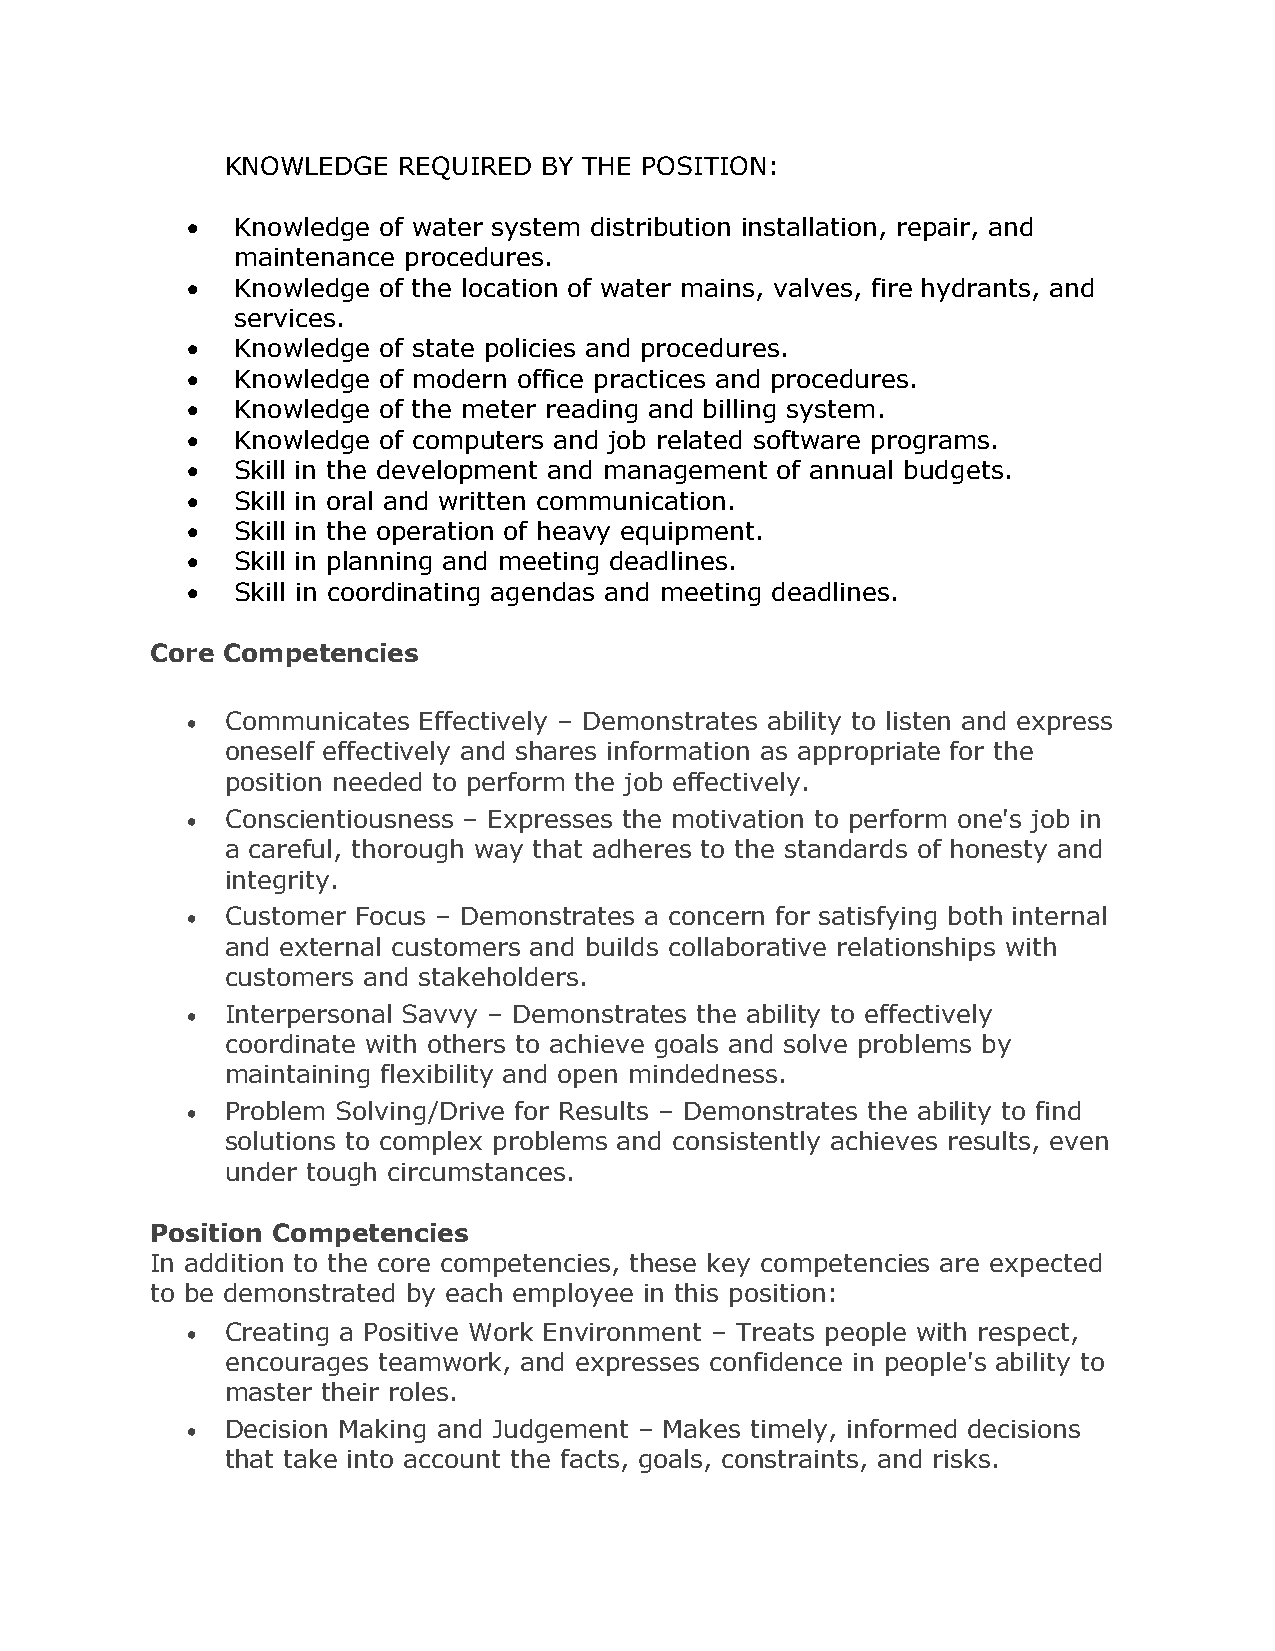
KNOWLEDGE  REQUIRED  BY THE POSITION:
 •   Knowledge of water system distribution installation, repair, and
 maintenance procedures.
 •   Knowledge of the location of water mains, valves, fire hydrants, and
 services.
 •   Knowledge of state policies and procedures.
 •   Knowledge of modern office practices and procedures.
 •   Knowledge of the meter reading and billing system.
 •   Knowledge of computers and job related software programs.
 •   Skill in the development and management of annual budgets.
 •   Skill in oral and written communication.
 •   Skill in the operation of heavy equipment.
 •   Skill in planning and meeting deadlines.
 •   Skill in coordinating agendas and meeting deadlines.
 Core Competencies
 •  Communicates Effectively – Demonstrates ability to listen and express
 oneself effectively and shares information as appropriate for the
 position needed to perform the job effectively.
 •  Conscientiousness – Expresses the motivation to perform one's job in
 a careful, thorough way that adheres to the standards of honesty and
 integrity.
 •  Customer Focus – Demonstrates a concern for satisfying both internal
 and external customers and builds collaborative relationships with
 customers and stakeholders.
 •  Interpersonal Savvy – Demonstrates the ability to effectively
 coordinate with others to achieve goals and solve problems by
 maintaining flexibility and open mindedness.
 •  Problem Solving/Drive for Results – Demonstrates the ability to find
 solutions to complex problems and consistently achieves results, even
 under tough circumstances.
 Position Competencies
 In addition to the core competencies, these key competencies are expected
 to be demonstrated by each employee in this position:
 •  Creating a Positive Work Environment – Treats people with respect,
 encourages teamwork, and expresses confidence in people's ability to
 master their roles.
 •  Decision Making and Judgement – Makes timely, informed decisions
 that take into account the facts, goals, constraints, and risks.